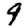
Digit: 9